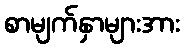
စာမျက်နှာများအား